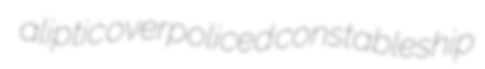
aliptic overpoliced constableship